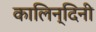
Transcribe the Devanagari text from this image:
कालिन्दिनी